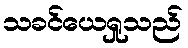
သခင်ယေရှုသည်